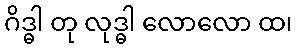
ဂိဒ္ဓါ တု လုဒ္ဓါ လောလော ထ၊